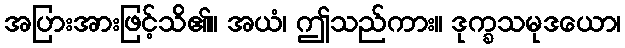
အပြားအားဖြင့်သိ၏။ အယံ၊ ဤသည်ကား။ ဒုက္ခသမုဒယော၊